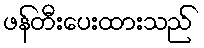
ဖန်တီးပေးထားသည်